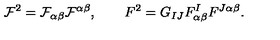
{ \cal F } ^ { 2 } = { \cal F } _ { \alpha \beta } { \cal F } ^ { \alpha \beta } , \qquad F ^ { 2 } = G _ { I J } F _ { \alpha \beta } ^ { I } F ^ { J \alpha \beta } .